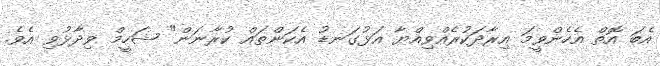
އެބަ އޮތް އެހެންވީމަ އިރާދަކުރެއްވިއްޔާ އަޅުގަނޑު އެކަންތައް ކުރާނަން" ޝަހީމް ވިދާޅުވި އެވެ.